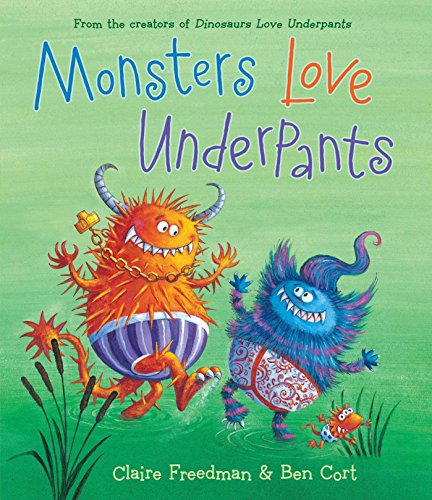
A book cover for Monsters Love Underpants (The Underpants Books); Claire Freedman; Children's Books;